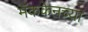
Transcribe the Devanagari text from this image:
मॅककेनच्या